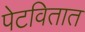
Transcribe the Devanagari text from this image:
पेटवितात